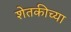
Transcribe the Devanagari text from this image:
शेतकीच्या